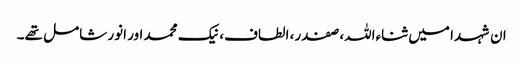
ان شہدا میں ثناءاللہ، صفدر، الطاف، نیک محمد اور انور شامل تھے۔